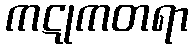
ကဋုကတရာ